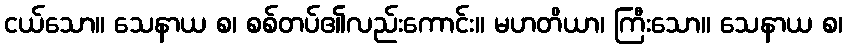
ငယ်သော။ သေနာယ စ၊ စစ်တပ်၏လည်းကောင်း။ မဟတိယာ၊ ကြီးသော။ သေနာယ စ၊